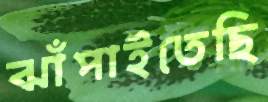
ঝাঁপাইতেছি